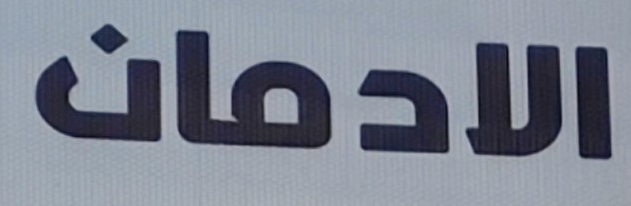
الادمان